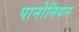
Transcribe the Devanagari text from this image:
पानोनियन